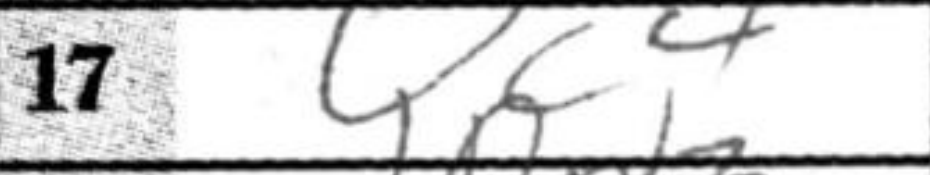
Transcription: Qc4